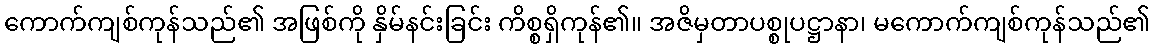
ကောက်ကျစ်ကုန်သည်၏ အဖြစ်ကို နှိမ်နင်းခြင်း ကိစ္စရှိကုန်၏။ အဇိမှတာပစ္စုပဋ္ဌာနာ၊ မကောက်ကျစ်ကုန်သည်၏